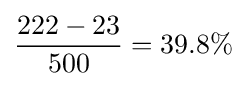
{\frac {222-23}{500}}=39.8\%